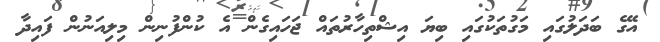
އޭގެ ބަދަލުގައި މަގުތަކުގައި ބިޔަ އިޝްތިހާރުތައް ޖަހައިގެން އެ ކުންފުނިން މިލިއަނުން ފައިދާ